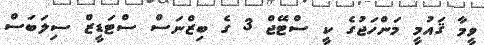
ވީމާ ޤައުމީ މަންހަޖުގެ ކީ ސްޓޭޖް 3 ގެ ބިޒްނަސް ސްޓަޑީޒް ސިލަބަސް